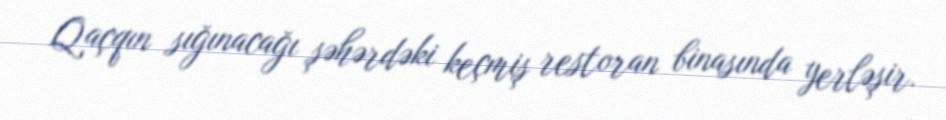
Qaçqın sığınacağı şəhərdəki keçmiş restoran binasında yerləşir.